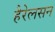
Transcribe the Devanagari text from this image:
हैरेलसन